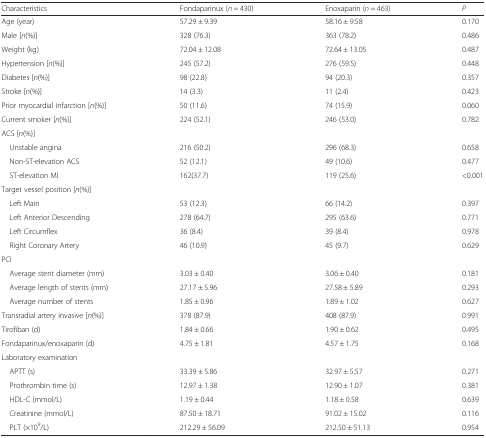
<table><thead><tr><td><b>Characteristics</b></td><td><b>Fondaparinux (<i>n</i> = 430)</b></td><td><b>Enoxaparin (<i>n</i> = 463)</b></td><td><b><i>P</i></b></td></tr></thead><tbody><tr><td>Age (year)</td><td>57.29 ± 9.39</td><td>58.16 ± 9.58</td><td>0.170</td></tr><tr><td>Male [<i>n</i>(%)]</td><td>328 (76.3)</td><td>363 (78.2)</td><td>0.486</td></tr><tr><td>Weight (kg)</td><td>72.04 ± 12.08</td><td>72.64 ± 13.05</td><td>0.487</td></tr><tr><td>Hypertension [<i>n</i>(%)]</td><td>245 (57.2)</td><td>276 (59.5)</td><td>0.448</td></tr><tr><td>Diabetes [<i>n</i>(%)]</td><td>98 (22.8)</td><td>94 (20.3)</td><td>0.357</td></tr><tr><td>Stroke [<i>n</i>(%)]</td><td>14 (3.3)</td><td>11 (2.4)</td><td>0.423</td></tr><tr><td>Prior myocardial infarction [<i>n</i>(%)]</td><td>50 (11.6)</td><td>74 (15.9)</td><td>0.060</td></tr><tr><td>Current smoker [<i>n</i>(%)]</td><td>224 (52.1)</td><td>246 (53.0)</td><td>0.782</td></tr><tr><td>ACS [<i>n</i>(%)]</td><td></td><td></td><td></td></tr><tr><td> Unstable angina</td><td>216 (50.2)</td><td>296 (68.3)</td><td>0.658</td></tr><tr><td> Non-ST-elevation ACS</td><td>52 (12.1)</td><td>49 (10.6)</td><td>0.477</td></tr><tr><td> ST-elevation MI</td><td>162(37.7)</td><td>119 (25.6)</td><td>&lt;0.001</td></tr><tr><td>Target vessel position [<i>n</i>(%)]</td><td></td><td></td><td></td></tr><tr><td> Left Main</td><td>53 (12.3)</td><td>66 (14.2)</td><td>0.397</td></tr><tr><td> Left Anterior Descending</td><td>278 (64.7)</td><td>295 (63.6)</td><td>0.771</td></tr><tr><td> Left Circumflex</td><td>36 (8.4)</td><td>39 (8.4)</td><td>0.978</td></tr><tr><td> Right Coronary Artery</td><td>46 (10.9)</td><td>45 (9.7)</td><td>0.629</td></tr><tr><td>PCI</td><td></td><td></td><td></td></tr><tr><td> Average stent diameter (mm)</td><td>3.03 ± 0.40</td><td>3.06 ± 0.40</td><td>0.181</td></tr><tr><td> Average length of stents (mm)</td><td>27.17 ± 5.96</td><td>27.58 ± 5.89</td><td>0.293</td></tr><tr><td> Average number of stents</td><td>1.85 ± 0.96</td><td>1.89 ± 1.02</td><td>0.627</td></tr><tr><td>Transradial artery invasive [<i>n</i>(%)]</td><td>378 (87.9)</td><td>408 (87.9)</td><td>0.991</td></tr><tr><td>Tirofiban (d)</td><td>1.84 ± 0.66</td><td>1.90 ± 0.62</td><td>0.495</td></tr><tr><td>Fondaparinux/enoxaparin (d)</td><td>4.75 ± 1.81</td><td>4.57 ± 1.75</td><td>0.168</td></tr><tr><td>Laboratory examination</td><td></td><td></td><td></td></tr><tr><td> APTT (s)</td><td>33.39 ± 5.86</td><td>32.97 ± 5.57</td><td>0.271</td></tr><tr><td> Prothrombin time (s)</td><td>12.97 ± 1.38</td><td>12.90 ± 1.07</td><td>0.381</td></tr><tr><td> HDL-C (mmol/L)</td><td>1.19 ± 0.44</td><td>1.18 ± 0.58</td><td>0.639</td></tr><tr><td> Creatinine (mmol/L)</td><td>87.50 ± 18.71</td><td>91.02 ± 15.02</td><td>0.116</td></tr><tr><td> PLT (×10<sup>9</sup>/L)</td><td>212.29 ± 56.09</td><td>212.50 ± 51.13</td><td>0.954</td></tr></tbody></table>